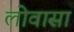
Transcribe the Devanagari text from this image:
लोवासा